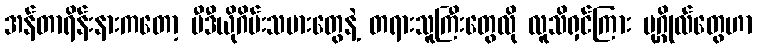
အန်တာရိန်းနားကတော့ ဗီဒီယိုဂိမ်းသမားတွေနဲ့ တရားသူကြီးတွေလို လူသိရှင်ကြား ပုဂ္ဂိုလ်တွေဟာ